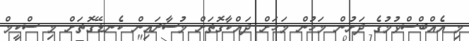
މި އެއްބްސްވުމުގެ ދަށުން މަހުން މަހަށް ދައްކާގޮތަށް މުސާރައިން ކެނޑޭގޮތަށް މި ސްކީމް